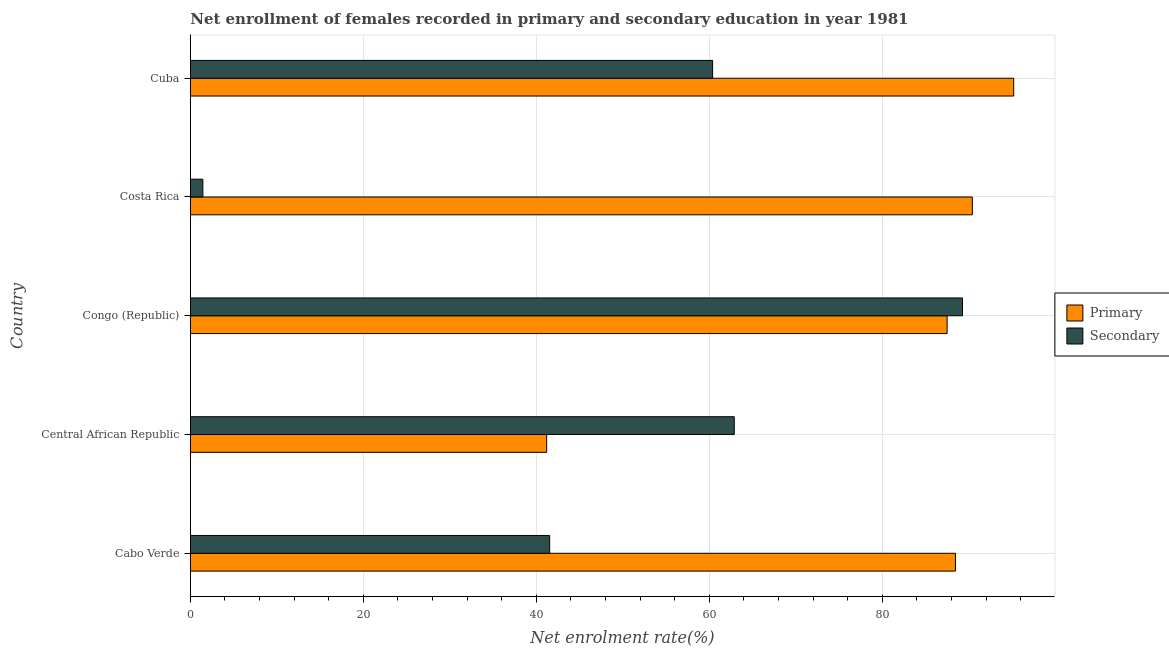
| Country | Primary | Secondary |
 | --- | --- | --- |
 | Cabo Verde | 88.5 | 41.6 |
 | Central African Republic | 41.2 | 62.9 |
 | Congo (Republic) | 87.5 | 89.3 |
 | Costa Rica | 90.4 | 1.45 |
 | Cuba | 95.2 | 60.4 |